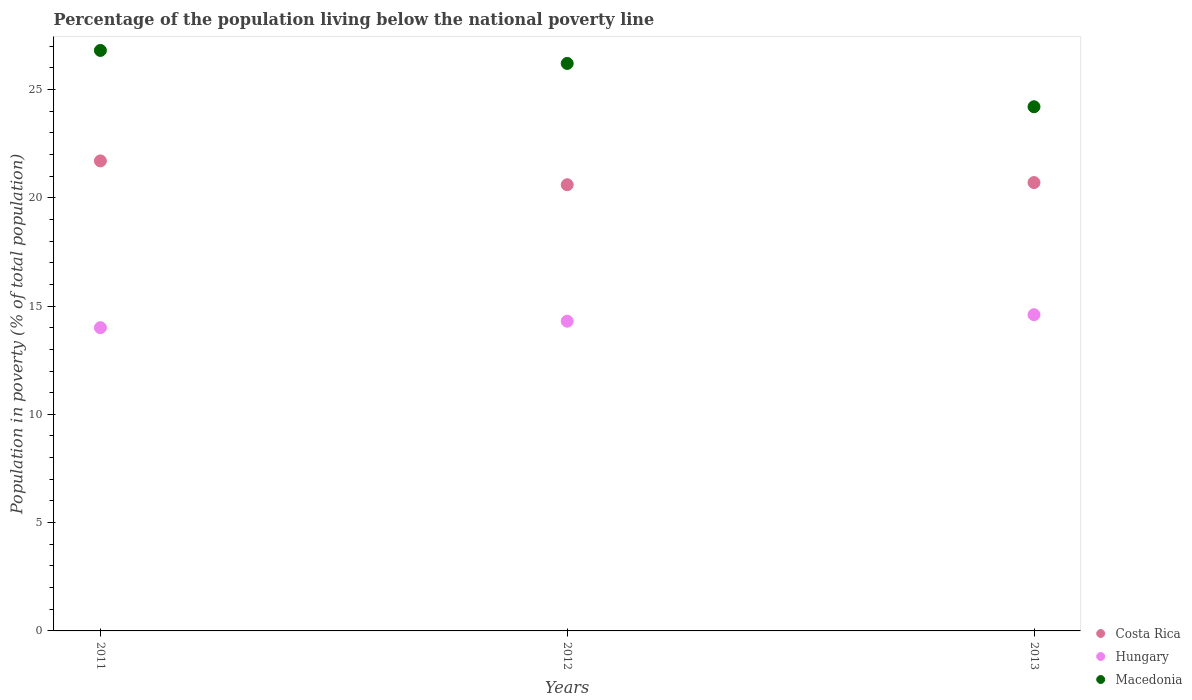
| Years | Costa Rica | Hungary | Macedonia |
 | --- | --- | --- | --- |
 | 2011 | 21.7 | 14 | 26.8 |
 | 2012 | 20.6 | 14.3 | 26.2 |
 | 2013 | 20.7 | 14.6 | 24.2 |